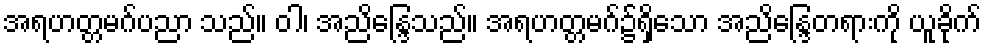
အရဟတ္တမဂ်ပညာ သည်။ ဝါ၊ အညိန္ဒြေသည်။ အရဟတ္တမဂ်၌ရှိသော အညိန္ဒြေတရားကို ယူခိုက်